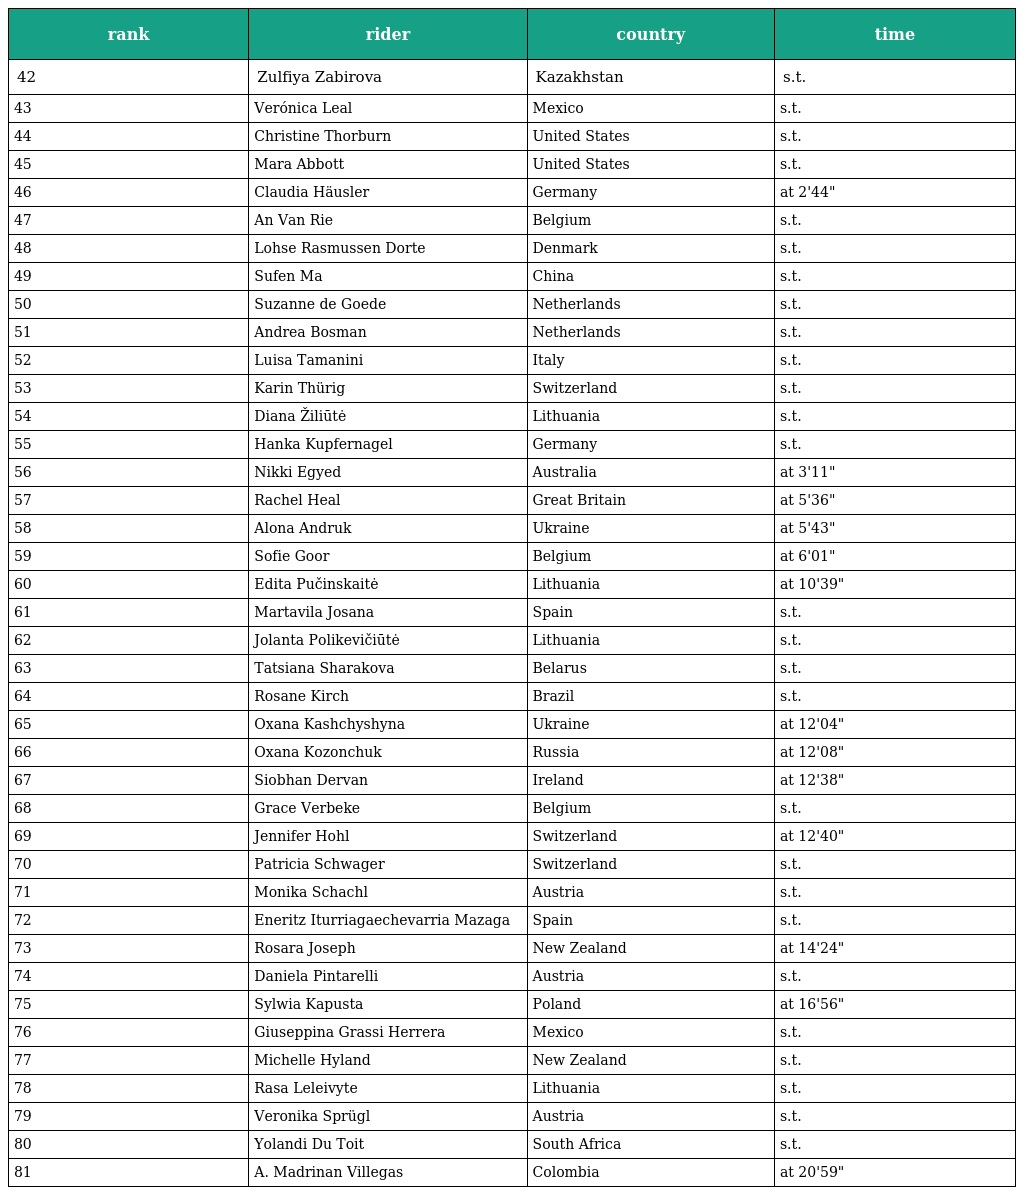
| rank | rider | country | time |
 | --- | --- | --- | --- |
 | 42 | Zulfiya Zabirova | Kazakhstan | s.t. |
 | 43 | Verónica Leal | Mexico | s.t. |
 | 44 | Christine Thorburn | United States | s.t. |
 | 45 | Mara Abbott | United States | s.t. |
 | 46 | Claudia Häusler | Germany | at 2'44" |
 | 47 | An Van Rie | Belgium | s.t. |
 | 48 | Lohse Rasmussen Dorte | Denmark | s.t. |
 | 49 | Sufen Ma | China | s.t. |
 | 50 | Suzanne de Goede | Netherlands | s.t. |
 | 51 | Andrea Bosman | Netherlands | s.t. |
 | 52 | Luisa Tamanini | Italy | s.t. |
 | 53 | Karin Thürig | Switzerland | s.t. |
 | 54 | Diana Žiliūtė | Lithuania | s.t. |
 | 55 | Hanka Kupfernagel | Germany | s.t. |
 | 56 | Nikki Egyed | Australia | at 3'11" |
 | 57 | Rachel Heal | Great Britain | at 5'36" |
 | 58 | Alona Andruk | Ukraine | at 5'43" |
 | 59 | Sofie Goor | Belgium | at 6'01" |
 | 60 | Edita Pučinskaitė | Lithuania | at 10'39" |
 | 61 | Martavila Josana | Spain | s.t. |
 | 62 | Jolanta Polikevičiūtė | Lithuania | s.t. |
 | 63 | Tatsiana Sharakova | Belarus | s.t. |
 | 64 | Rosane Kirch | Brazil | s.t. |
 | 65 | Oxana Kashchyshyna | Ukraine | at 12'04" |
 | 66 | Oxana Kozonchuk | Russia | at 12'08" |
 | 67 | Siobhan Dervan | Ireland | at 12'38" |
 | 68 | Grace Verbeke | Belgium | s.t. |
 | 69 | Jennifer Hohl | Switzerland | at 12'40" |
 | 70 | Patricia Schwager | Switzerland | s.t. |
 | 71 | Monika Schachl | Austria | s.t. |
 | 72 | Eneritz Iturriagaechevarria Mazaga | Spain | s.t. |
 | 73 | Rosara Joseph | New Zealand | at 14'24" |
 | 74 | Daniela Pintarelli | Austria | s.t. |
 | 75 | Sylwia Kapusta | Poland | at 16'56" |
 | 76 | Giuseppina Grassi Herrera | Mexico | s.t. |
 | 77 | Michelle Hyland | New Zealand | s.t. |
 | 78 | Rasa Leleivyte | Lithuania | s.t. |
 | 79 | Veronika Sprügl | Austria | s.t. |
 | 80 | Yolandi Du Toit | South Africa | s.t. |
 | 81 | A. Madrinan Villegas | Colombia | at 20'59" |